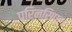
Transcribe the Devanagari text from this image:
प्रिन्सिपुल